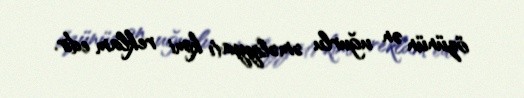
özünün ən uğurlu əməliyyatı kimi reklam edir.